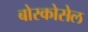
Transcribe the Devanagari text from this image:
बोस्कोसेल